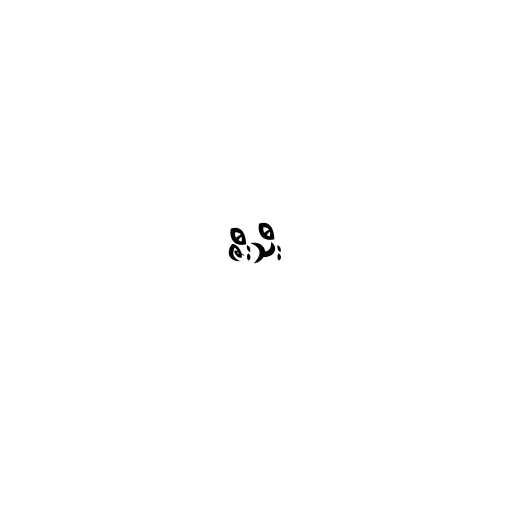
ဇီးသီး